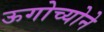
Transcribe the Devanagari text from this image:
ऊगोच्योने